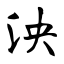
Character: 泱